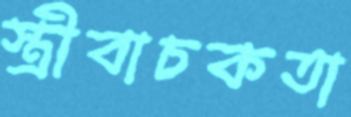
স্ত্রীবাচকতা